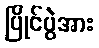
ပြိုင်ပွဲအား